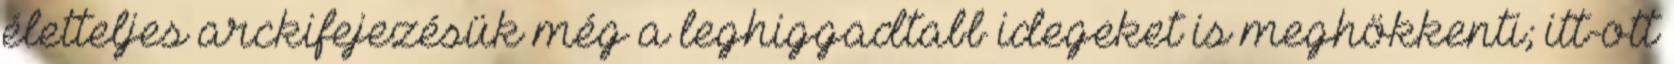
életteljes arckifejezésük még a leghiggadtabb idegeket is meghökkenti; itt-ott